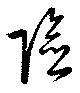
険